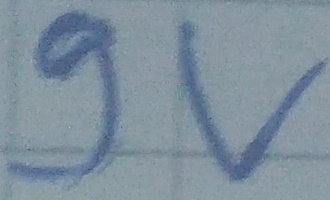
Text: 9V